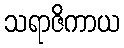
သရာဇိကာယ